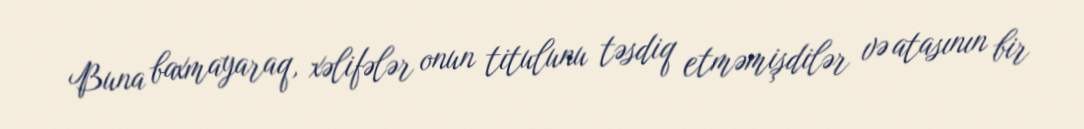
Buna baxmayaraq, xəlifələr onun titulunu təsdiq etməmişdilər və atasının bir